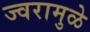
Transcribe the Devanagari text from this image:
ज्वरामुळे